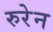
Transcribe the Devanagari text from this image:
रुरेन